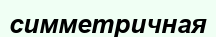
симметричная